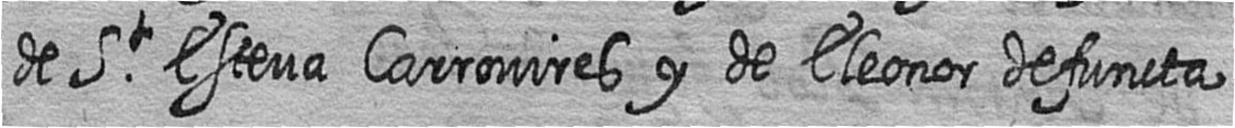
de St Esteva Carrovires y de Eleonor defuncta